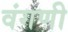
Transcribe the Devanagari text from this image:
वंगणी